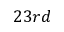
2 3 r d